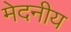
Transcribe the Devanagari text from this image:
मेदनीय